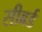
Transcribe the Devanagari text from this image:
सीबर्ड